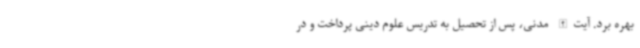
بهره برد. آیت‌الله مدنی، پس از تحصیل به تدریس علوم دینی پرداخت و در